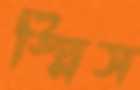
স্প্লিস